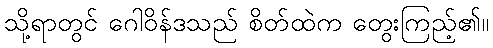
သို့ရာတွင် ဂေါဝိန်ဒသည် စိတ်ထဲက တွေးကြည့်၏။